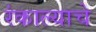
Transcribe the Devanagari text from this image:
रंकाल्याचे